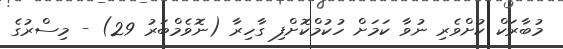
މުބާރަކް ކުށްވެރި ނުވާ ކަމަށް ހުކުމްކޮށްފި ގާހިރާ (ނޮވެމްބަރު 29) - މިސްރުގެ